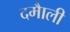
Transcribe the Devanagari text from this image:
दमाैली